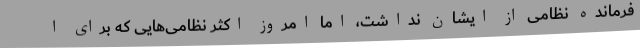
فرمانده نظامی از ایشان نداشت، اما امروز اکثر نظامی‌هایی که برای ا